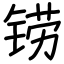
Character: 铹